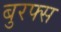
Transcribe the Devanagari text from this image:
बुरफ्स